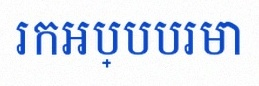
រកអប្បបរមា